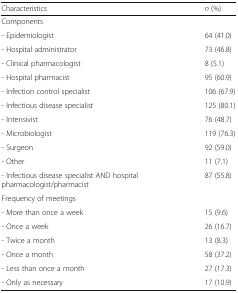
| Characteristics | n (%) |
 | --- | --- |
 | <COLSPAN=2> Components |
 | - Epidemiologist | 64 (41.0) |
 | - Hospital administrator | 73 (46.8) |
 | - Clinical pharmacologist | 8 (5.1) |
 | - Hospital pharmacist | 95 (60.9) |
 | - Infection control specialist | 106 (67.9) |
 | - Infectious disease specialist | 125 (80.1) |
 | - Intensivist | 76 (48.7) |
 | - Microbiologist | 119 (76.3) |
 | - Surgeon | 92 (59.0) |
 | - Other | 11 (7.1) |
 | - Infectious disease specialist AND hospital pharmacologist/pharmacist | 87 (55.8) |
 | <COLSPAN=2> Frequency of meetings |
 | - More than once a week | 15 (9.6) |
 | - Once a week | 26 (16.7) |
 | - Twice a month | 13 (8.3) |
 | - Once a month | 58 (37.2) |
 | - Less than once a month | 27 (17.3) |
 | - Only as necessary | 17 (10.9) |